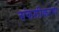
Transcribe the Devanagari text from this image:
संकलीकरण